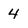
Character: 4